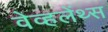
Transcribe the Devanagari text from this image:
वेव्हलेंथ्स